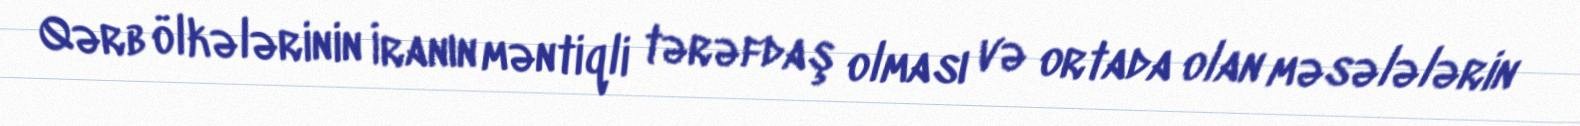
Qərb ölkələrinin İranın məntiqli tərəfdaş olması və ortada olan məsələlərin